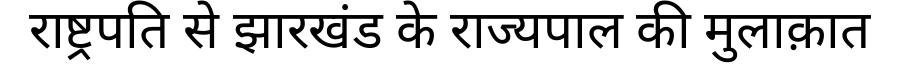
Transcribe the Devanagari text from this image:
राष्ट्रपति से झारखंड के राज्यपाल की मुलाक़ात